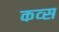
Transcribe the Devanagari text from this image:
कव्स